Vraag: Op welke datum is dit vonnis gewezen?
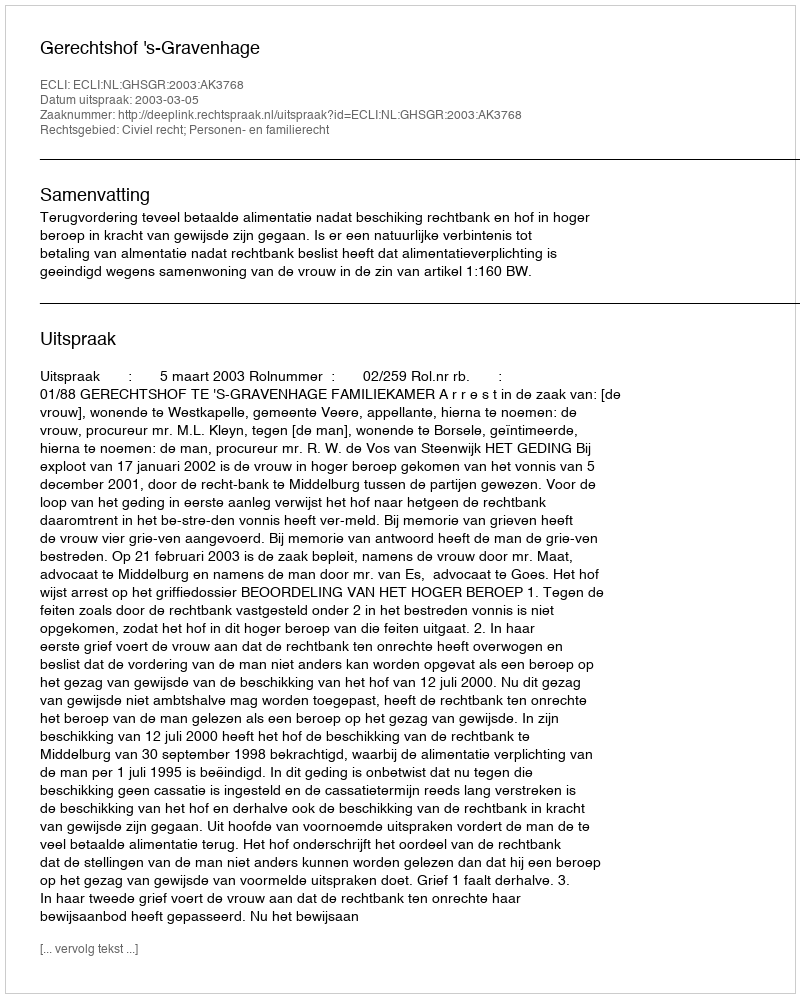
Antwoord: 2003-03-05